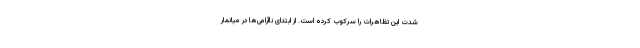
شدت این تظاهرات را سرکوب کرده است. از ابتدای ناآرامی‌ها در میانمار